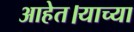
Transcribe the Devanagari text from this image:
आहेत।याच्या